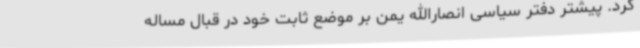
کرد. پیشتر دفتر سیاسی انصارالله یمن بر موضع ثابت خود در قبال مساله